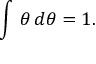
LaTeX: \int \, \theta \, d \theta = 1 .